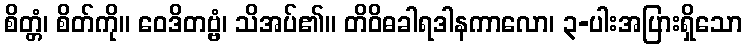
စိတ္တံ၊ စိတ်ကို။ ဝေဒိတဗ္ဗံ၊ သိအပ်၏။ တိဝိဓခါရဒါနကာလော၊ ၃-ပါးအပြားရှိသော